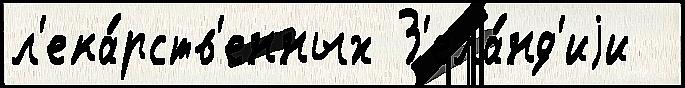
л'ека́рств'енных З'ела́нд'иjи